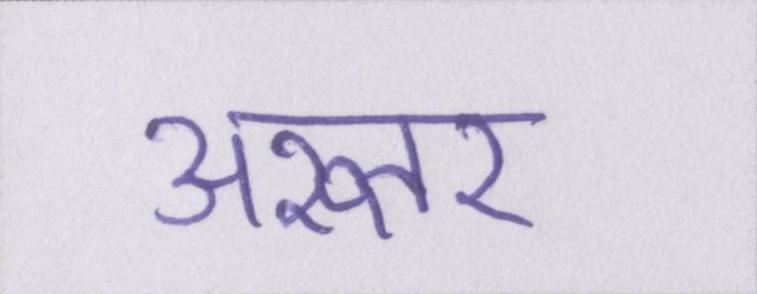
अख्तर